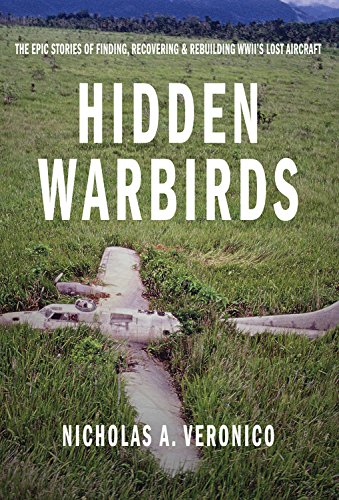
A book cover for Hidden Warbirds: The Epic Stories of Finding, Recovering, and Rebuilding WWII's Lost Aircraft; Nicholas A. Veronico; Engineering & Transportation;